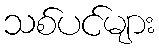
သစ်ပင်များ